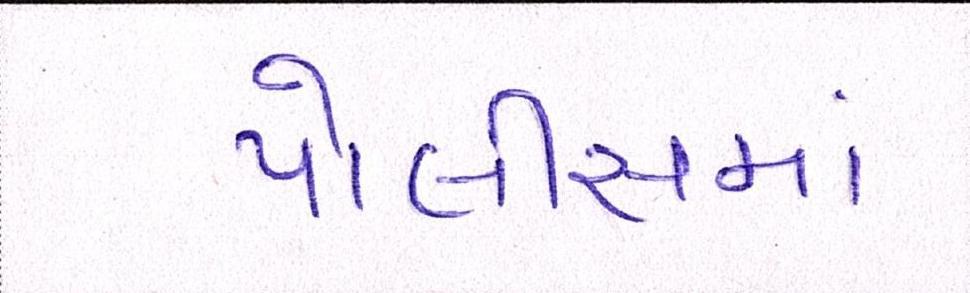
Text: પોલીસમાં